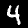
Digit: 4